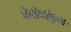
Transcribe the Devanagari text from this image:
वेबीसोड्स